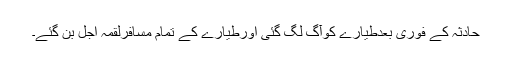
حادثہ کے فوری بعدطیارے کوآگ لگ گئی اورطیارے کے تمام مسافرلقمہ اجل بن گئے۔